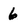
Character: 6